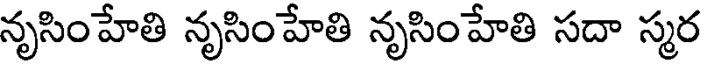
నృసింహేతి నృసింహేతి నృసింహేతి సదా స్మర